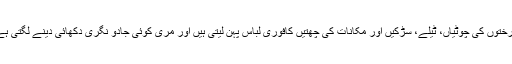
درختوں کی چوٹیاں، ٹیلے، سڑکیں اور مکانات کی چھتیں کافوری لباس پہن لیتی ہیں اور مری کوئی جادو نگری دکھائی دینے لگتی ہے۔